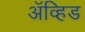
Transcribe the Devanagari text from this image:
अॅव्हिड